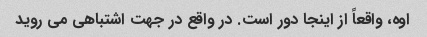
اوه، واقعاً از اینجا دور است. در واقع در جهت اشتباهی می روید